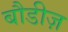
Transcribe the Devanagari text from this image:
बौडीज़